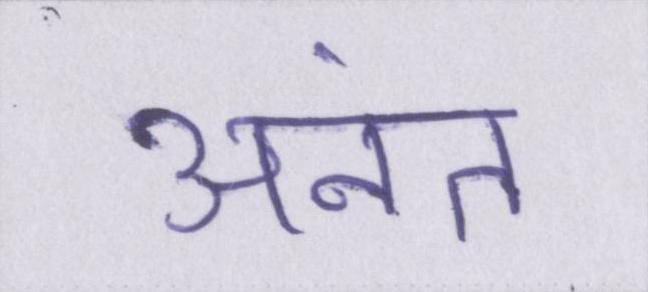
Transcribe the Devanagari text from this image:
अनंत